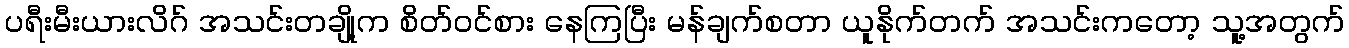
ပရီးမီးယားလိဂ် အသင်းတချို့က စိတ်ဝင်စား နေကြပြီး မန်ချက်စတာ ယူနိုက်တက် အသင်းကတော့ သူ့အတွက်